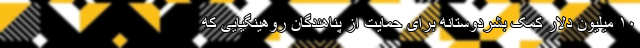
۱۰ میلیون دلار کمک بشردوستانه برای حمایت از پناهندگان روهینگیایی که